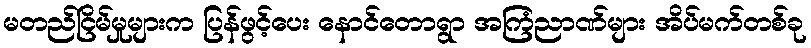
မတည်ငြိမ်မှုများက ပြန်ဖွင့်ပေး နောင်တောရွာ အကြံညာဏ်များ အိပ်မက်တစ်ခု